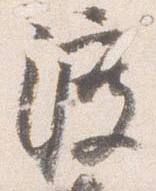
渡